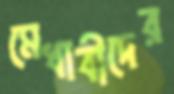
মেধাবীদের